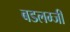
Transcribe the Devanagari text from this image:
बडलम्जी